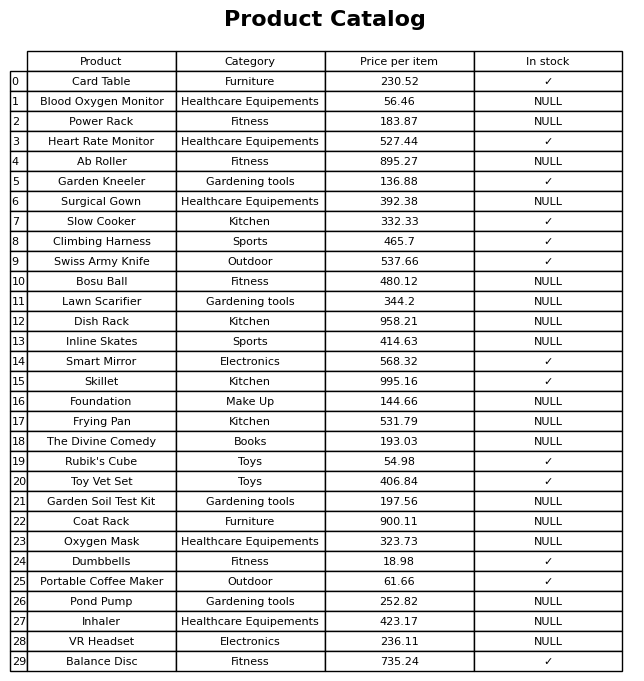
question: Is the Portable Coffee Maker in stock?
answer: ✓